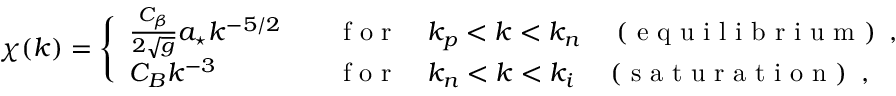
\chi ( k ) = \Bigg \{ \begin{array} { l l } { \frac { C _ { \beta } } { 2 \sqrt { g } } a _ { \star } k ^ { - 5 / 2 } \quad } & { \mathrm { ~ f ~ o ~ r ~ } \quad k _ { p } < k < k _ { n } \quad \mathrm { ~ ( ~ e ~ q ~ u ~ i ~ l ~ i ~ b ~ r ~ i ~ u ~ m ~ ) ~ } \, , } \\ { C _ { B } k ^ { - 3 } \quad } & { \mathrm { ~ f ~ o ~ r ~ } \quad k _ { n } < k < k _ { i } \quad \mathrm { ~ ( ~ s ~ a ~ t ~ u ~ r ~ a ~ t ~ i ~ o ~ n ~ ) ~ } \, , } \end{array}